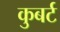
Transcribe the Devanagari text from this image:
कुबर्ट